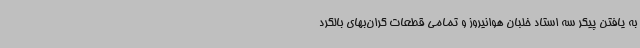
به یافتن پیکر سه استاد خلبان هوانیروز و تمامی قطعات گران‌بهای بالگرد